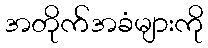
အတိုက်အခံများကို